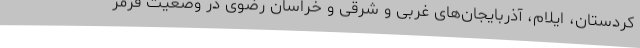
کردستان، ایلام، آذربایجان‌های غربی و شرقی و خراسان رضوی در وضعیت قرمز